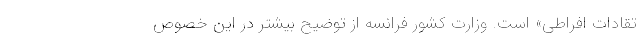
تقادات افراطی» است. وزارت کشور فرانسه از توضیح بیشتر در این خصوص